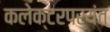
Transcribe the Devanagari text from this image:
कलेक्टरपर्यंत